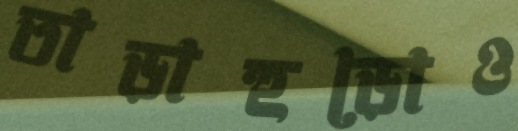
তাড়াহুড়োও